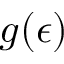
g ( \epsilon )